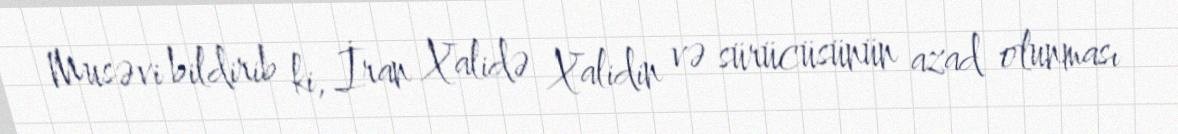
Musəvi bildirib ki, İran Xalidə Xalidin və sürücüsünün azad olunması